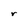
Character: r